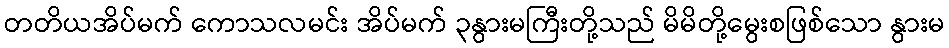
တတိယအိပ်မက် ကောသလမင်း အိပ်မက် ၃နွားမကြီးတို့သည် မိမိတို့မွေးစဖြစ်သော နွားမ